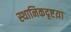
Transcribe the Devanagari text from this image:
स्थानिकदृष्टय़ा